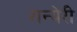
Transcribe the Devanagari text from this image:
रान्येरी